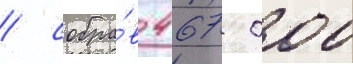
/ собра́в 467 000